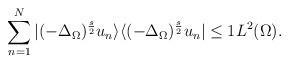
LaTeX: \begin{align*} \sum_{n=1}^N | (-\Delta_{\Omega})^{\frac{s}{2} } u_n \rangle \langle (-\Delta_{\Omega})^{\frac{s}{2} } u_n| \le 1 L^2(\Omega). \end{align*}